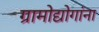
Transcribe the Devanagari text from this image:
ग्रामोद्योगांना